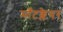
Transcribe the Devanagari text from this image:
माँटक्लेयर